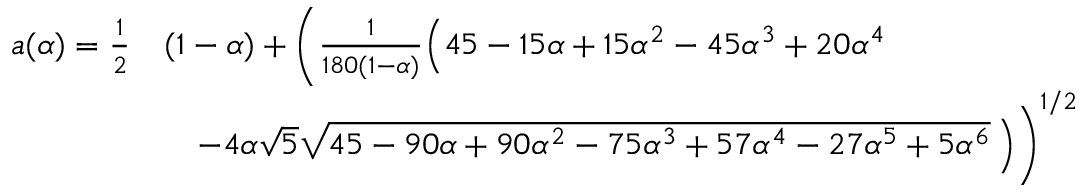
\begin{array} { r l } { a ( \alpha ) = \frac { 1 } { 2 } } & { ( 1 - \alpha ) + \Biggl ( \frac { 1 } { 1 8 0 ( 1 - \alpha ) } \Bigl ( 4 5 - 1 5 \alpha + 1 5 \alpha ^ { 2 } - 4 5 \alpha ^ { 3 } + 2 0 \alpha ^ { 4 } } \\ & { \quad \mathrm - 4 \alpha \sqrt { 5 } \sqrt { 4 5 - 9 0 \alpha + 9 0 \alpha ^ { 2 } - 7 5 \alpha ^ { 3 } + 5 7 \alpha ^ { 4 } - 2 7 \alpha ^ { 5 } + 5 \alpha ^ { 6 } } \, \Bigr ) \Biggr ) ^ { 1 / 2 } } \end{array}